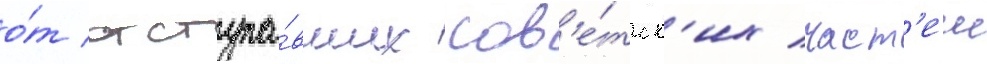
о́т отступа́вших сов'е́тск'их част'еи